Leaving Certificate Examination, 1918
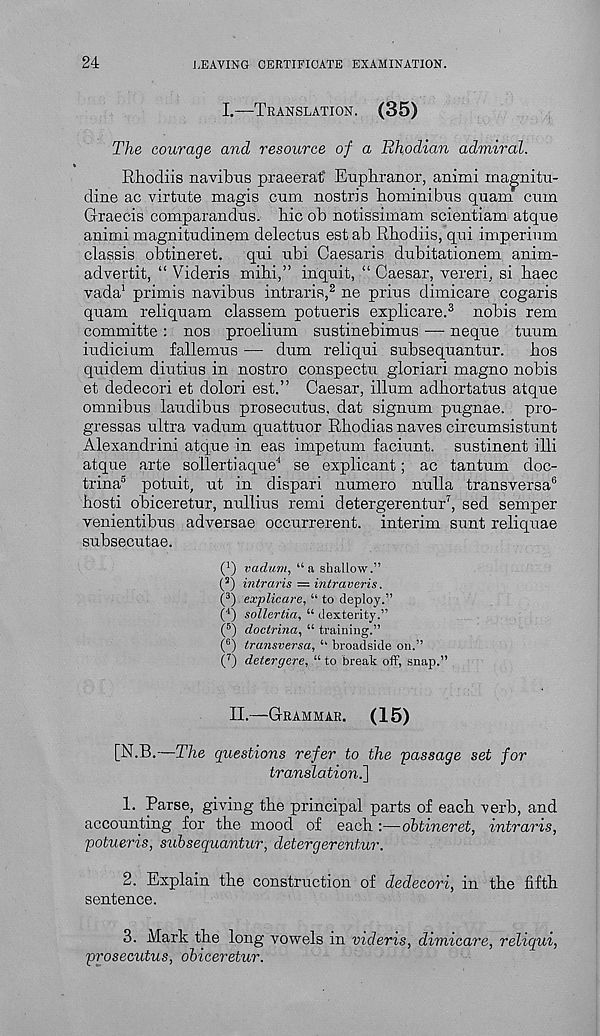
24
LEAVING CERTIFICATE EXAMINATION.
I.—TRANSLATION.
(35)
The courage and resource of a Rhodian admiral.
Rhodiis navibus praeerat* Euphranor, animi ina^nitu-
dine ac virtute magis cum. nostris homini bus quam cum
Graecis comparandus. bic ob notissimam scientiam atque
animi magnitudinem delectus est ab Rbodiis, qui imperium
classis obtineret. qui ubi Caesaris dubitationem anim-
advertit, “ Videris mihi,” inquit, “ Caesar, vereri, si baec
vada 1 primis navibus intraris, 2 ne prius dimicare cogaris
quam reliquam classem potueris explicare. 3 nobis rem
committe : nos proelium sustinebimus — neque tuum
indicium fallemus — dum reliqui subsequantur. bos
quidem diutius in nostro conspectu gloriari magno nobis
et dedecori et dolori est.” Caesar, ilium adbortatus atque
omnibus laudibus prosecutus, dat signum pugnae. pro-
gressas ultra vadum quattuor Rbodias naves circumsistunt
Alexandrini atque in eas impetum faciunt. sustinent illi
atque arte sollertiaque 4 se explicant; ac tantum doc-
trina 5 potuit, ut in dispari numero nulla transversa 6
bosti obiceretur, nullius remi detergerentur 7 , sed semper
venientibus adversae occurrerent. interim sunt reliquae
subsecutae.
( : ) vadum, “a shallow.”
( s ) intraris — intraveris.
( 3 ) explicare, “ to deploy.”
( 4 ) sollertia, “ dexterity.”
( 5 ) doctrina, “ training.”
( 6 ) transversa, broadside on.”
( 7 ) detergere, “ to break off, snap.”
II.—GRAMMAR. (15)
[N.B.—The questions refer to the 'passage set for
translation.']
1. Parse, giving the principal parts of each verb, and
accounting for the mood of each :—obtineret, intraris,
potueris, subsequantur, detergerentur.
2. Explain the construction of dedecori, in the fifth
sentence.
3. Mark the long vowels in videris, dimicare, reliqui,
prosecutus, obiceretur.